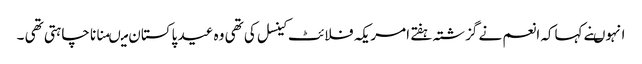
انہوںنے کہاکہ انعم نے گزشتہ ہفتے امریکہ فلائٹ کینسل کی تھی وہ عید پاکستان میںمنانا چاہتی تھی ۔